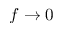
f \rightarrow 0